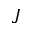
J